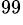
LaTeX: ^{99}